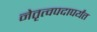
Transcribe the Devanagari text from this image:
नेतृत्वपदापर्यंत